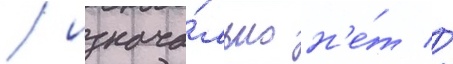
/ изнача́льно н'е́т //